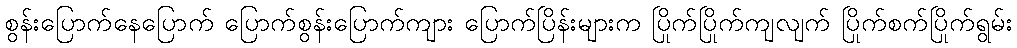
စွန်းပြောက်နေပြောက် ပြောက်စွန်းပြောက်ကျား ပြောက်ပြိန်းများက ပြိုက်ပြိုက်ကျလျက် ပြိုက်စက်ပြိုက်ရွမ်း